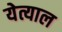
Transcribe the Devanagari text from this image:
येत्याल